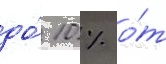
до́ 10 % о́т